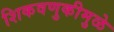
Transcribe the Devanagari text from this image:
शिकवणुकीमुळे